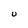
Character: U